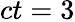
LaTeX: ct=3